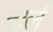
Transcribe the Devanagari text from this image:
डार्ल